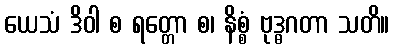
ယေသံ ဒိဝါ စ ရတ္တော စ၊ နိစ္စံ ဗုဒ္ဓဂတာ သတိ။